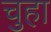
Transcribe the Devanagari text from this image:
चुहा